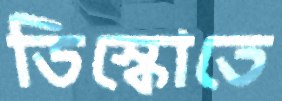
ডিস্কোতে